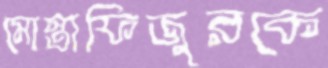
মোস্তাফিজুরকে